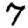
Digit: 7